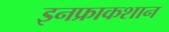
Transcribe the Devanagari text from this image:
इनफ्राकशान